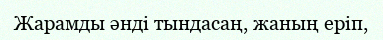
Жарамды әнді тындасаң, жаның еріп,